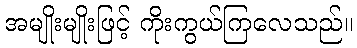
အမျိုးမျိုးဖြင့် ကိုးကွယ်ကြလေသည်။